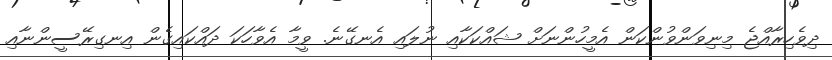
ދިވެހިރާއްޖެ މިނިވަންވުންކަން އެމީހުންނަށް ޝައްކަކާއި ނުލައި އެނގޭނެ. ވީމާ އެވާހަކަ ދައްކައިގެން އިނގިރޭސީންނާއި